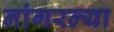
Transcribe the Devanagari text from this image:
नांगरल्या